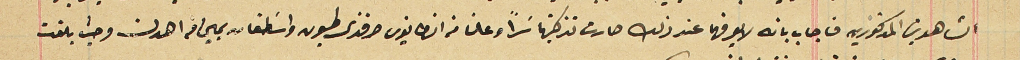
الشاهدين المذكورين فاجاب بانه لا يعرفهما عند ذلك صارت تذكيتها سرآً وعلنا من انطانيوس افندى طيون واسَطفان يمين من اهدن وحيث بلغت